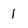
Character: 1